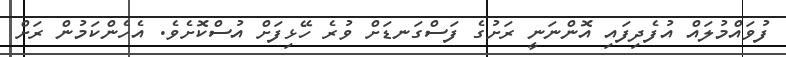
ފުވައްމުލައް އުފެދިފައި އޮންނަނީ ރަށުގެ ފަސްގަނޑަށް ވުރެ ހޭޅިފަށް އުސްކޮށެވެ. އެހެންކަމުން ރަށް